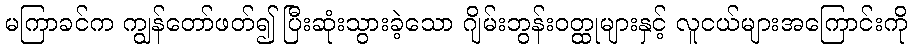
မကြာခင်က ကျွန်တော်ဖတ်၍ ပြီးဆုံးသွားခဲ့သော ဂျိမ်းဘွန်းဝတ္ထုများနှင့် လူငယ်များအကြောင်းကို